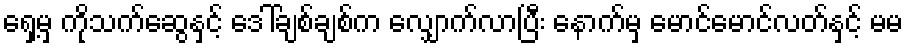
ရှေ့မှ ကိုသက်ဆွေနှင့် ဒေါ်ချစ်ချစ်က လျှောက်လာပြီး နောက်မှ မောင်မောင်လတ်နှင့် မမ